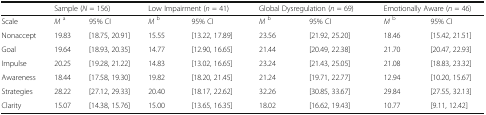
|  | <COLSPAN=2> Sample (N = 156) | <COLSPAN=2> Low Impairment (n = 41) | <COLSPAN=2> Global Dysregulation (n = 69) | <COLSPAN=2> Emotionally Aware (n = 46) |
 | --- | --- | --- | --- | --- | --- | --- | --- | --- |
 | Scale | Ma | 95% CI | Mb | 95% CI | Mb | 95% CI | Mb | 95% CI |
 | Nonaccept | 19.83 | [18.75, 20.91] | 15.55 | [13.22, 17.89] | 23.56 | [21.92, 25.20] | 18.46 | [15.42, 21.51] |
 | Goal | 19.64 | [18.93, 20.35] | 14.77 | [12.90, 16.65] | 21.44 | [20.49, 22.38] | 21.70 | [20.47, 22.93] |
 | Impulse | 20.25 | [19.28, 21.22] | 14.83 | [13.02, 16.65] | 23.24 | [21.43, 25.05] | 21.08 | [18.83, 23.32] |
 | Awareness | 18.44 | [17.58, 19.30] | 19.82 | [18.20, 21.45] | 21.24 | [19.71, 22.77] | 12.94 | [10.20, 15.67] |
 | Strategies | 28.22 | [27.12, 29.33] | 20.40 | [18.17, 22.62] | 32.26 | [30.85, 33.67] | 29.84 | [27.55, 32.13] |
 | Clarity | 15.07 | [14.38, 15.76] | 15.00 | [13.65, 16.35] | 18.02 | [16.62, 19.43] | 10.77 | [9.11, 12.42] |